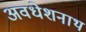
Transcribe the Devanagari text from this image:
अवधेशनाथ